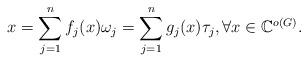
LaTeX: \begin{align*}x=\sum_{j=1}^{n}f_j(x)\omega_j=\sum_{j=1}^{n}g_j(x)\tau_j, \forall x \in \mathbb{C}^{o(G)}.\end{align*}